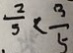
\frac { 2 } { 3 } < \frac { 3 } { 5 }